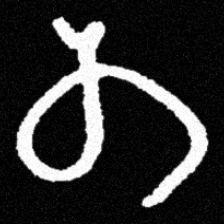
Pyu character \u2014 Myanmar letter: တ (romanized: ta)